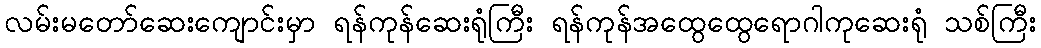
လမ်းမတော်ဆေးကျောင်းမှာ ရန်ကုန်ဆေးရုံကြီး ရန်ကုန်အထွေထွေရောဂါကုဆေးရုံ သစ်ကြီး